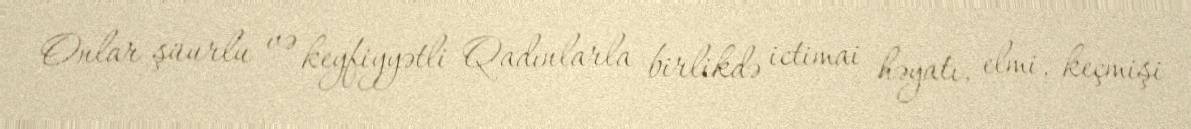
Onlar şüurlu və keyfiyyətli Qadınlarla birlikdə ictimai həyatı, elmi, keçmişi